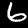
Label: 6